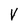
Character: V